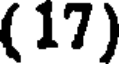
(17)